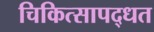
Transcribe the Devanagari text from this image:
चिकित्सापद्धत